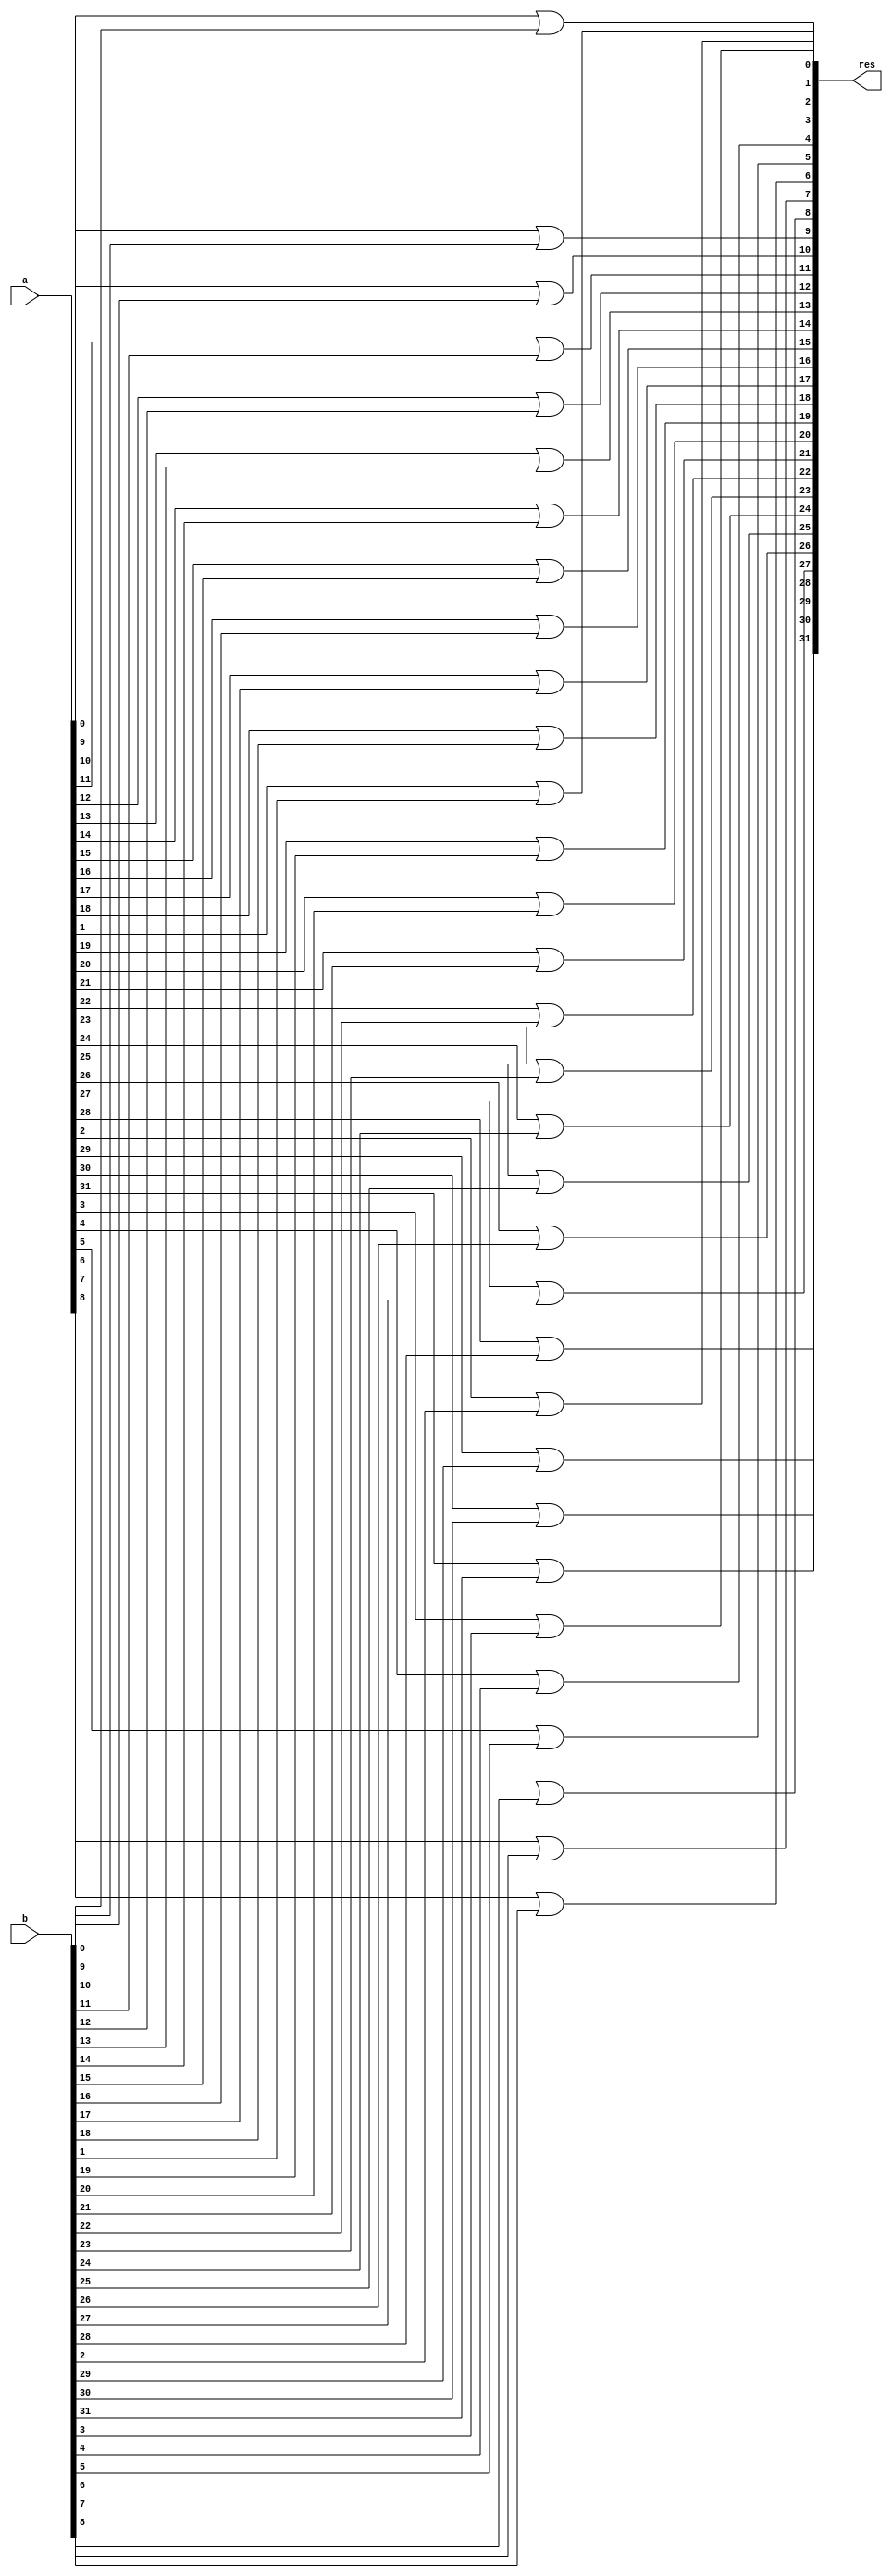
module or_32bit(res, a, b);

	input [31:0] a, b;
	output [31:0] res;
	
/*	for loop is used in order to avoid writing 32 unnecesary lines of codes
the program still holds its structural verilog design. generate loop 
generates this programatically in parallel. this is why this code remains structural verilog	*/

	genvar i;
		generate
			for( i = 0; i<32; i = i+1 )
				begin: parallel_loop_or
				or or_instance( res[i], a[i], b[i]);
			end
	endgenerate

endmodule